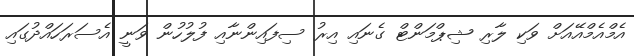
އެމްއެމްއޭއަށް ވަކި ލާރި ޝިޕްމަންޓް ގެނައި އިރު ސިފައިންނާއި ފުލުހުން ވަނީ އެސަރަހައްދުގައި